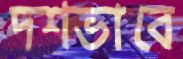
দশভাবে